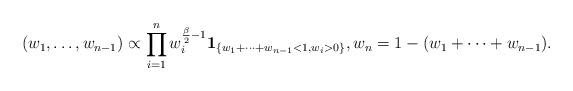
LaTeX: \begin{align*}(w_1, \dots, w_{n - 1}) \propto \prod_{i = 1}^n w_i^{\frac\beta 2 - 1} \mathbf 1_{\{w_1+\cdots + w_{n - 1} < 1, w_i > 0\}}, w_n = 1 - (w_1 + \cdots + w_{n - 1}).\end{align*}